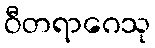
ဝီတရာဂေသု